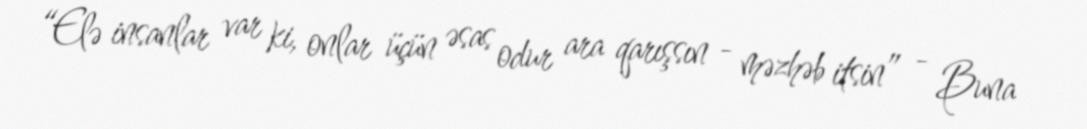
“Elə insanlar var ki, onlar üçün əsas odur ara qarışsın - məzhəb itsin” - Buna